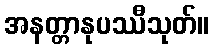
အနတ္တာနုပဿီသုတ်။